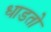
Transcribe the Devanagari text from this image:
धाडतो